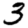
Digit: 3